Annual returns of the Patna Lunatic Asylum at Bankipore in Bihar and Orissa - 1912-1924
Year: 1912
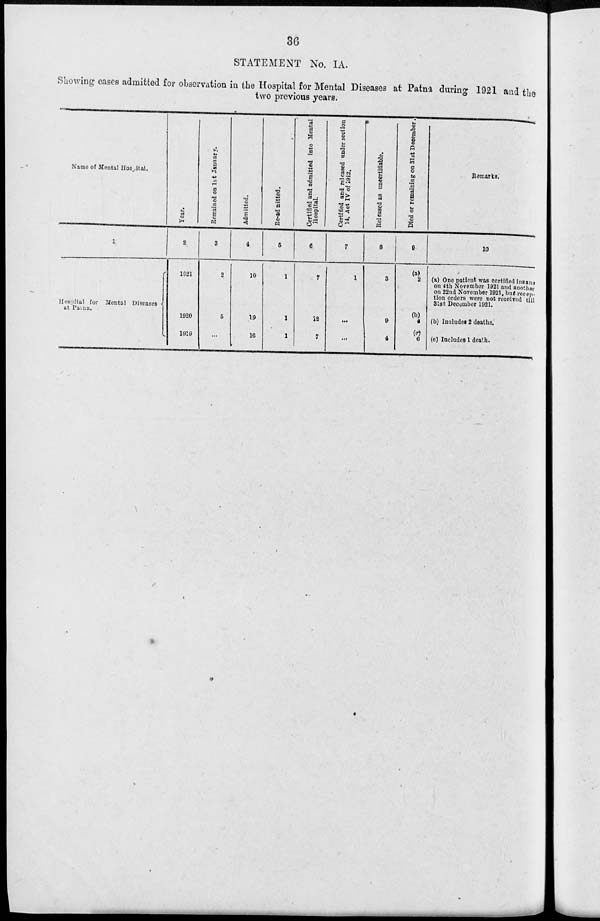
36
STATEMENT No. IA.
Showing cases admitted for observation in the Hospital for Mental Diseases at Patna during 1921 and the
two previous years.
Name of Mental Hospital.
1
Hospital for Mental Diseases
at Patna.
Year.
2
1921
1920
1919
Remained on 1st January.
3
2
5
...
Admitted.
4
10
19
16
Re-admitted.
5
1
1
1
Certified and admitted into Mental
Hospital.
6
7
12
7
Certified and released under section
14, Act IV of 1912.
7
1
...
...
Released as uncertifiable.
8
8
9
4
Died or remaining on 31 st December.
9
(a)
2
(b)
4
(c)
6
Remarks.
10
(a) One patient was certified insane
on 4th November 1921 and another
on 22nd November 1921, but recep-
tion orders were not received till
31st December 1921.
(b) Includes 2 deaths.
(e) Includes 1 death.